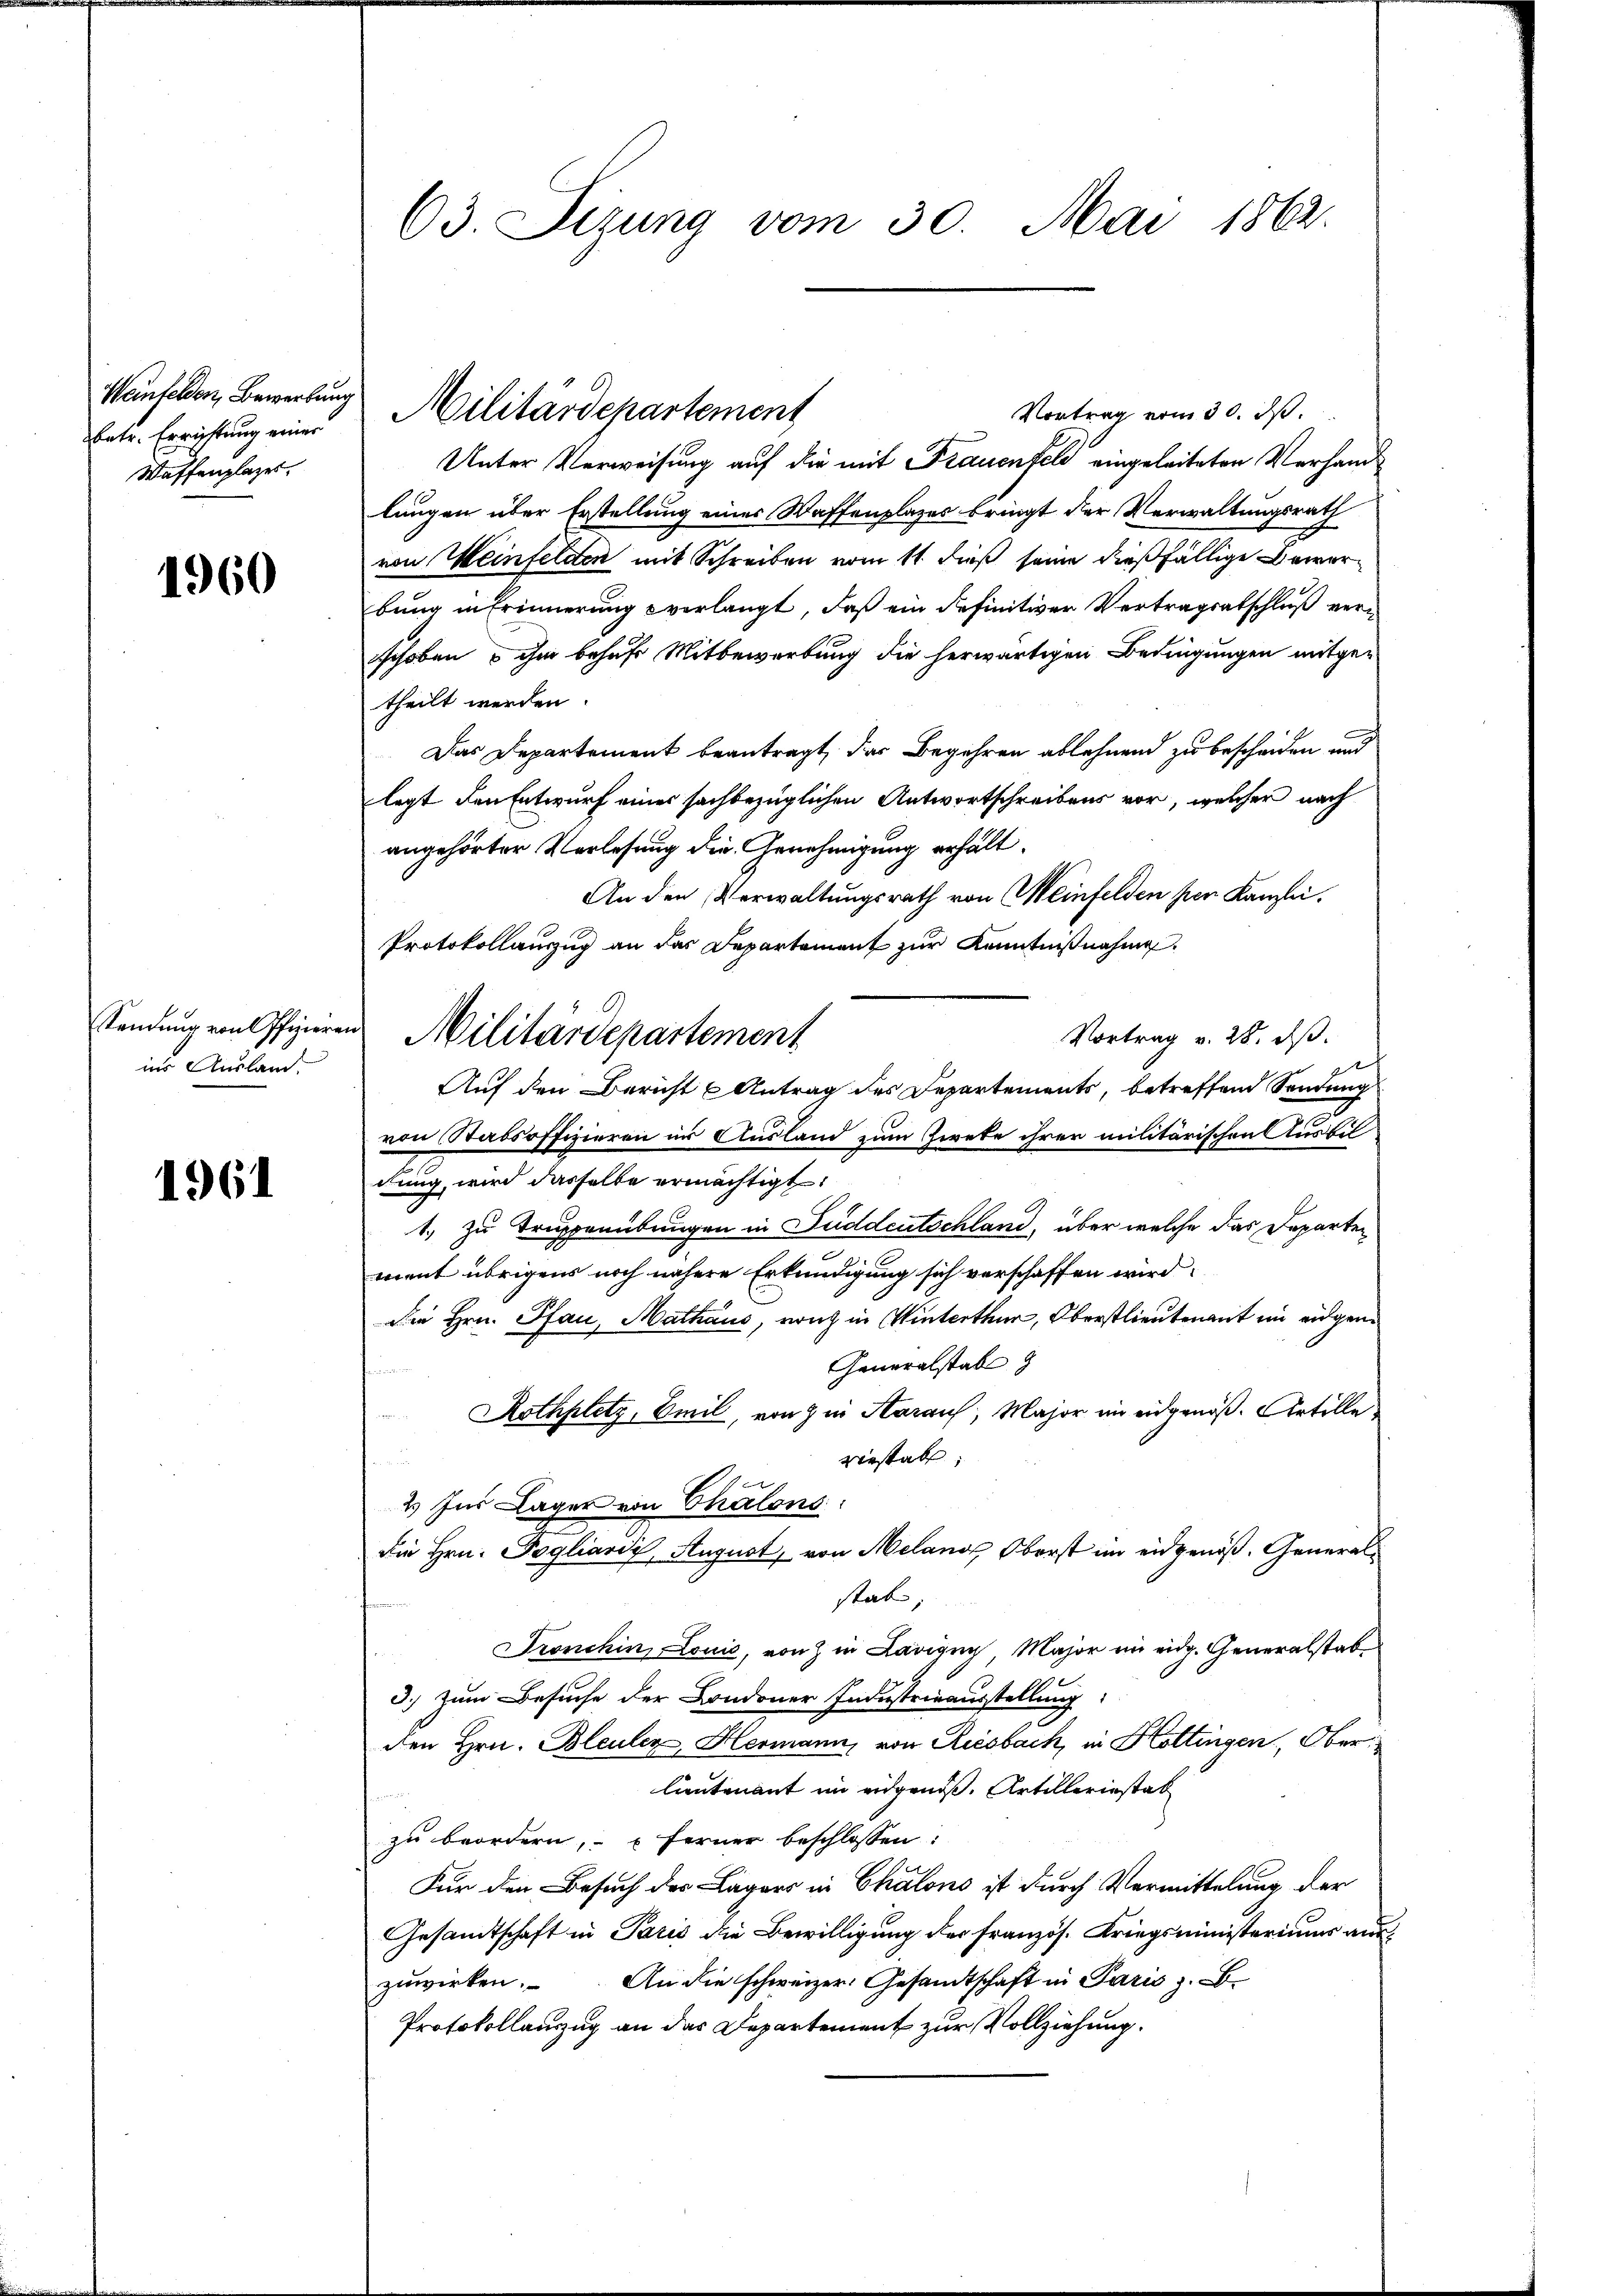
Weinfelden, Bewerbung
betr. Errichtung einer
Waffenplazer.

1960

Stendung von Offizieren
ins Ausland.

1961

63. Sizung vom 30. Mai 1862.

Militärdepartement

Vortrag vom 30. ds.
Unter Verweisung auf die mit Frauenfeld eingeleiteten Verhande
lungen über Erstellung einer Waffenplazes bringt der Verwaltungsrath
von Weinfelden mit Schreiben vom 11. dieß seine dießfällige Bewerbung in Erinnerung verlangt, daß ein definitiver Vertragsabschluß verschoben ihm behufs Mitbewerbung die herwärtigen Bedingungen mitge-
theilt werden.
Das Departement beantragt, das Begehren ablehnend zu bescheiden und
legt den Entwurf eines sachbezüglichen Antwortschreibens vor, welcher nach
angehörter Vorlesung die Genehmigung erhält¬
An den Verwaltungsrath von Meinfelden per Kanzlei.
Protokollauszug an der Departement zur Kenntnißnahme
Vortrag v. 28. ds.
t
Auf den Bericht Antrag des Departements, betreffend Sendung
dn Stabsoffizieren im Ausland zum Zweke ihrer militärischen Ausbil
dung, wird dasselbe ermächtigt.
1. zu Trierübungen in Fuddeutschland, über welche das Departen
ment übrigens noch nähere Erkundigung sich verschaffen wird.
die Hrn. Pfan, Mathaus, von in Winterthur, Oberstlieutenant im eidgen
Generalstab
 Sentirte
Rothplatz, Emil, von in Aaraus, Major im eidgenöß-Artille
riestabe;
u
2) Ins Lager von Chalons:
die Hrn. Pogliardi, August, von Meland, Oberst im eidgenöß. Generalstab;
Tronchin, Louić, von in Lavigny, Major im eidg. Generalstabe
3.) Zum Besuche der Londoner Industrieausstellung
den Hrn. Bleuler, Hermann, von Riesbach, in Hottingen, Ober
lieutenant im eidgenöß. Artilleriestat
zu beordern, ferner beschlossen:
e
Für den Besuch der Lagers in Chalons ist durch Vermittelung der
Gesandtschaft in Paris die Bewilligung der französ. Kriegsministeriums auszuwirken. An die schweizer. Gesandtschaft in Paris z. B.
Protokollauszug an das Departement zur Vollziehung.

Militärdepartement